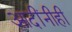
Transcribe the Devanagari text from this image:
आदींनीही